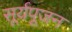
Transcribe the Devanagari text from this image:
सूर्यपूजन